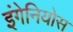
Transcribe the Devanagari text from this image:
इंगेनियोस